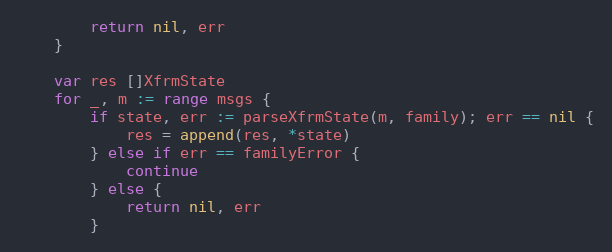
Language: Go
		return nil, err
	}

	var res []XfrmState
	for _, m := range msgs {
		if state, err := parseXfrmState(m, family); err == nil {
			res = append(res, *state)
		} else if err == familyError {
			continue
		} else {
			return nil, err
		}